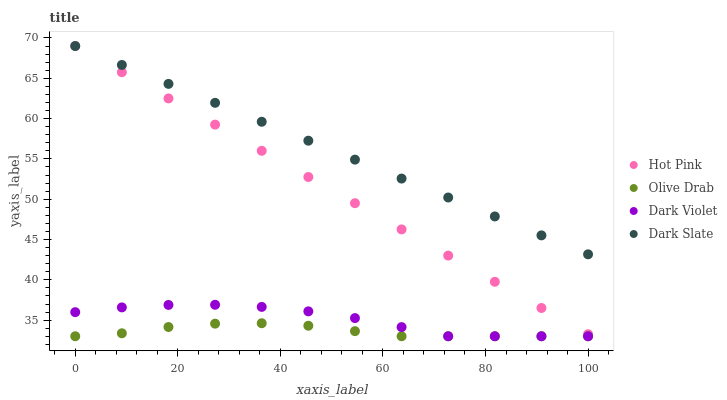
| xaxis_label | Hot Pink | Olive Drab | Dark Violet | Dark Slate |
 | --- | --- | --- | --- | --- |
 | 0 | 69 | 33 | 36 | 69 |
 | 9.09 | 65.8 | 33.4 | 36.6 | 66.7 |
 | 18.2 | 62.5 | 34.1 | 36.9 | 64.3 |
 | 27.3 | 59.3 | 34.6 | 36.9 | 62 |
 | 36.4 | 56 | 34.6 | 36.6 | 59.6 |
 | 45.5 | 52.8 | 34.3 | 36.1 | 57.3 |
 | 54.5 | 49.5 | 33.6 | 35.3 | 54.9 |
 | 63.6 | 46.3 | 33 | 34.1 | 52.6 |
 | 72.7 | 43 | 33 | 33 | 50.2 |
 | 81.8 | 39.8 | 33 | 33 | 47.9 |
 | 90.9 | 36.5 | 33 | 33 | 45.5 |
 | 100 | 33.3 | 33 | 33 | 43.2 |